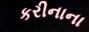
કરીનાના